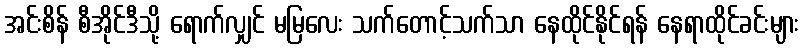
အင်းစိန် စီအိုင်ဒီသို့ ရောက်လျှင် မမြလေး သက်တောင့်သက်သာ နေထိုင်နိုင်ရန် နေရာထိုင်ခင်းများ